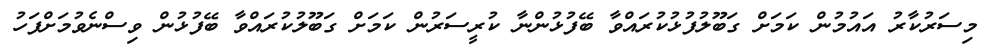
މިސަރުކާރު އައުމުން ކަމަށް ގަބޫލުފުޅުކުރައްވާ ބޭފުޅުންނާ ކުރީސަރުން ކަމަށް ގަބޫލުކުރައްވާ ބޭފުޅުން ވިސްނެވުމަށްފަހު